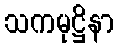
သကမုဋ္ဌိနာ